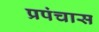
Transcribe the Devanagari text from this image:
प्रपंचास